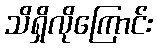
သိရှိလိုကြောင်း